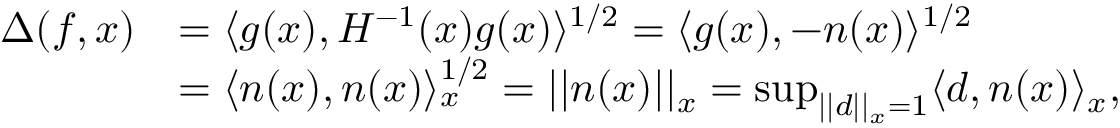
\begin{array} { r l } { \Delta ( f , x ) } & { = \langle g ( x ) , H ^ { - 1 } ( x ) g ( x ) \rangle ^ { 1 / 2 } = \langle g ( x ) , - n ( x ) \rangle ^ { 1 / 2 } } \\ & { = \langle n ( x ) , n ( x ) \rangle _ { x } ^ { 1 / 2 } = \vert \vert n ( x ) \vert \vert _ { x } = \operatorname* { s u p } _ { \vert \vert d \vert \vert _ { x } = 1 } \langle d , n ( x ) \rangle _ { x } , } \end{array}